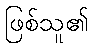
ဖြစ်သူ၏